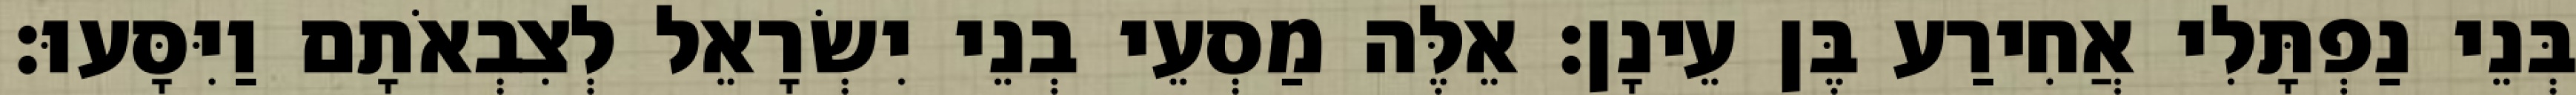
בְּנֵי נַפְתָּלִי אֲחִירַע בֶּן עֵינָן׃ אֵלֶּה מַסְעֵי בְנֵי יִשְׂרָאֵל לְצִבְאֹתָם וַיִּסָּעוּ׃